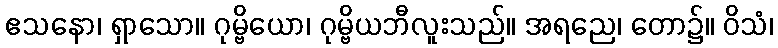
ဧသနော၊ ရှာသော။ ဂုမ္ဗိယော၊ ဂုမ္ဗိယဘီလူးသည်။ အရညေ၊ တော၌။ ဝိသံ၊